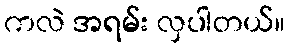
ကလဲ အရမ်း လှပါတယ်။